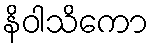
နိဝါသိကော